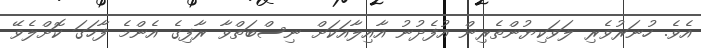
އެވެ. ހުނަރުވެރި ލަވަކިޔުންތެރިން އުފެދުނު އާއިލާއަކަށް ނިސްބަތްވާ ރާފިގެ އެންމެ ފާހަގަ ކޮށްލެވޭ